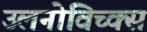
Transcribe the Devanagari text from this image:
उलनोविच्क्स